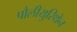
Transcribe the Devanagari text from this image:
पौलीयुरिथेन